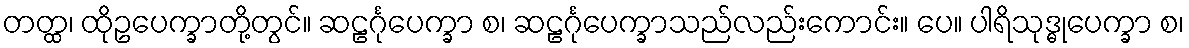
တတ္ထ၊ ထိုဥပေက္ခာတို့တွင်။ ဆဠင်္ဂုပေက္ခာ စ၊ ဆဠင်္ဂုပေက္ခာသည်လည်းကောင်း။ ပေ။ ပါရိသုဒ္ဓုပေက္ခာ စ၊